Vaccination in Bombay 1869-1873 - 1869-1873
Year: 1869
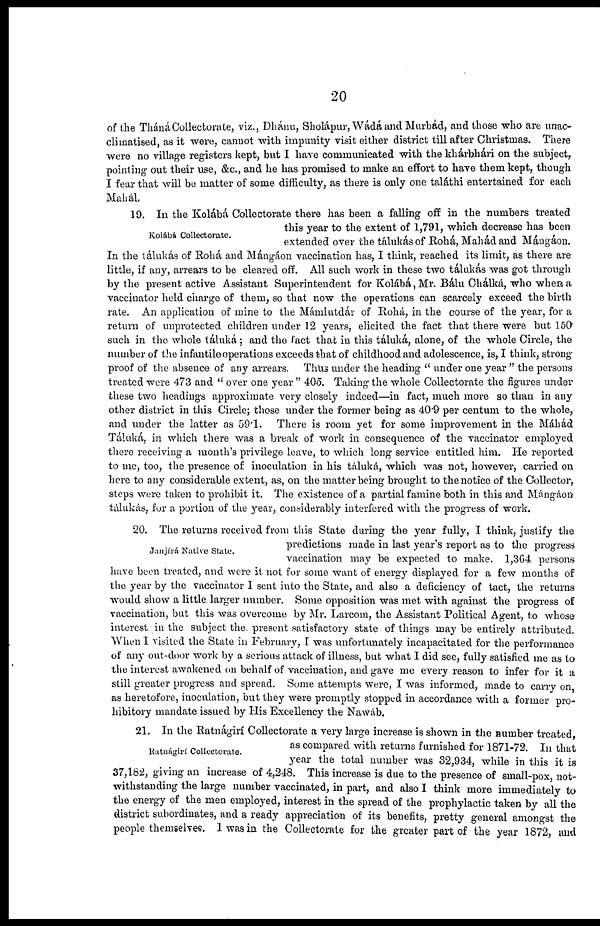
20
of the Tháná Collectorate, viz., Dhánu, Sholápur, Wádá and Murbád, and those who are unac¬
climatised, as it were, cannot with impunity visit either district till after Christmas. There
were no village registers kept, but I have communicated with the khárbkári on the subject,
pointing out their use, &c., and he has promised to make an effort to have them kept, though
I fear that will be matter of some difficulty, as there is only one taláthi entertained for each
Mahál.
Kolábá Collectorate.
19. In the Kolábá Collectorate there has been a falling off in the numbers treated
this year to the extent of 1,791, which decrease has been
extended over the tálukás of Rohá, Mahád and Mángáon.
In the tálukás of Rohá and Mángáon vaccination has, I think, reached its limit, as there are
little, if any, arrears to be cleared off. All such work in these two tálukás was got through
by the present active Assistant Superintendent for Kolábá, Mr. Bálu Chálká, who when a
vaccinator held charge of them, so that now the operations can scarcely exceed the birth
rate. An application of mine to the Mámlutdár of Rohá, in the course of the year, for a
return of unprotected children under 12 years, elicited the fact that there were but 150
such in the whole táluká ; and the fact that in this táluká, alone, of the whole Circle, the
number of the infantile operations exceeds that of childhood and adolescence, is, I think, strong
proof of the absence of any arrears. Thus under the heading " under one year " the persons
treated were 473 and " over one year " 405. Taking the whole Collectorate the figures under
these two headings approximate very closely indeed—in fact, much more so than in any
other district in this Circle; those under the former being as 40.9 per centum to the whole,
and under the latter as 59.1. There is room yet for some improvement in the Máhád
Táluká, in which there was a break of work in consequence of the vaccinator employed
there receiving a month's privilege leave, to which long service entitled him. He reported
to me, too, the presence of inoculation in his táluká, which was not, however, carried on
here to any considerable extent, as, on the matter being brought to the notice of the Collector,
steps were taken to prohibit it. The existence of a partial famine both in this and Mángáon
tálukás, for a portion of the year, considerably interfered with the progress of work.
Janjírá Native State.
20. The returns received from this State during the year fully, I think, justify the
predictions made in last year's report as to the progress
vaccination may be expected to make. 1,364 persons
have been treated, and were it not for some want of energy displayed for a few months of
the year by the vaccinator I sent into the State, and also a deficiency of tact, the returns
would show a little larger number. Some opposition was met with against the progress of
vaccination, but this was overcome by Mr. Larcom, the Assistant Political Agent, to whose
interest in the subject the present satisfactory state of things may be entirely attributed.
When I visited the State in February, I was unfortunately incapacitated for the performance
of any out-door work by a serious attack of illness, but what I did see, fully satisfied me as to
the interest awakened on behalf of vaccination, and gave me every reason to infer for it a
still greater progress and spread. Some attempts were, I was informed, made to carry on,
as heretofore, inoculation, but they were promptly stopped in accordance with a former pro-
hibitory mandate issued by His Excellency the Nawab.
Ratnágirí Collectorate.
21. In the Ratnágirí Collectorate a very large increase is shown in the number treated,
as compared with returns furnished for 1871-72. In that
year the total number was 32,934, while in this it is
37,182, giving an increase of 4,248. This increase is due to the presence of small-pox, not-
withstanding the large number vaccinated, in part, and also I think more immediately to
the energy of the men employed, interest in the spread of the prophylactic taken by all the
district subordinates, and a ready appreciation of its benefits, pretty general amongst the
people themselves. I was in the Collectorate for the greater part of the year 1872, and